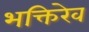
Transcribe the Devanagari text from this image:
भक्तिरेव